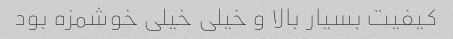
کیفیت بسیار بالا و خیلی خیلی خوشمزه بود